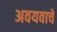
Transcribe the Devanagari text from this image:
अवयवाचे